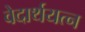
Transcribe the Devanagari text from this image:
वेदार्थयत्न